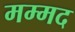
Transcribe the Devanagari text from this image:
मम्मद